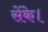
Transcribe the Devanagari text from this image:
सेंके।